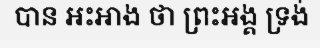
បាន អះអាង ថា ព្រះអង្គ ទ្រង់